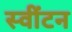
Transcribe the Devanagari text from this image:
स्वींटन